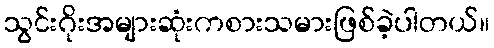
သွင်းဂိုးအများဆုံးကစားသမားဖြစ်ခဲ့ပါတယ်။